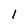
Character: 1